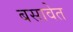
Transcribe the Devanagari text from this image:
बसावेत